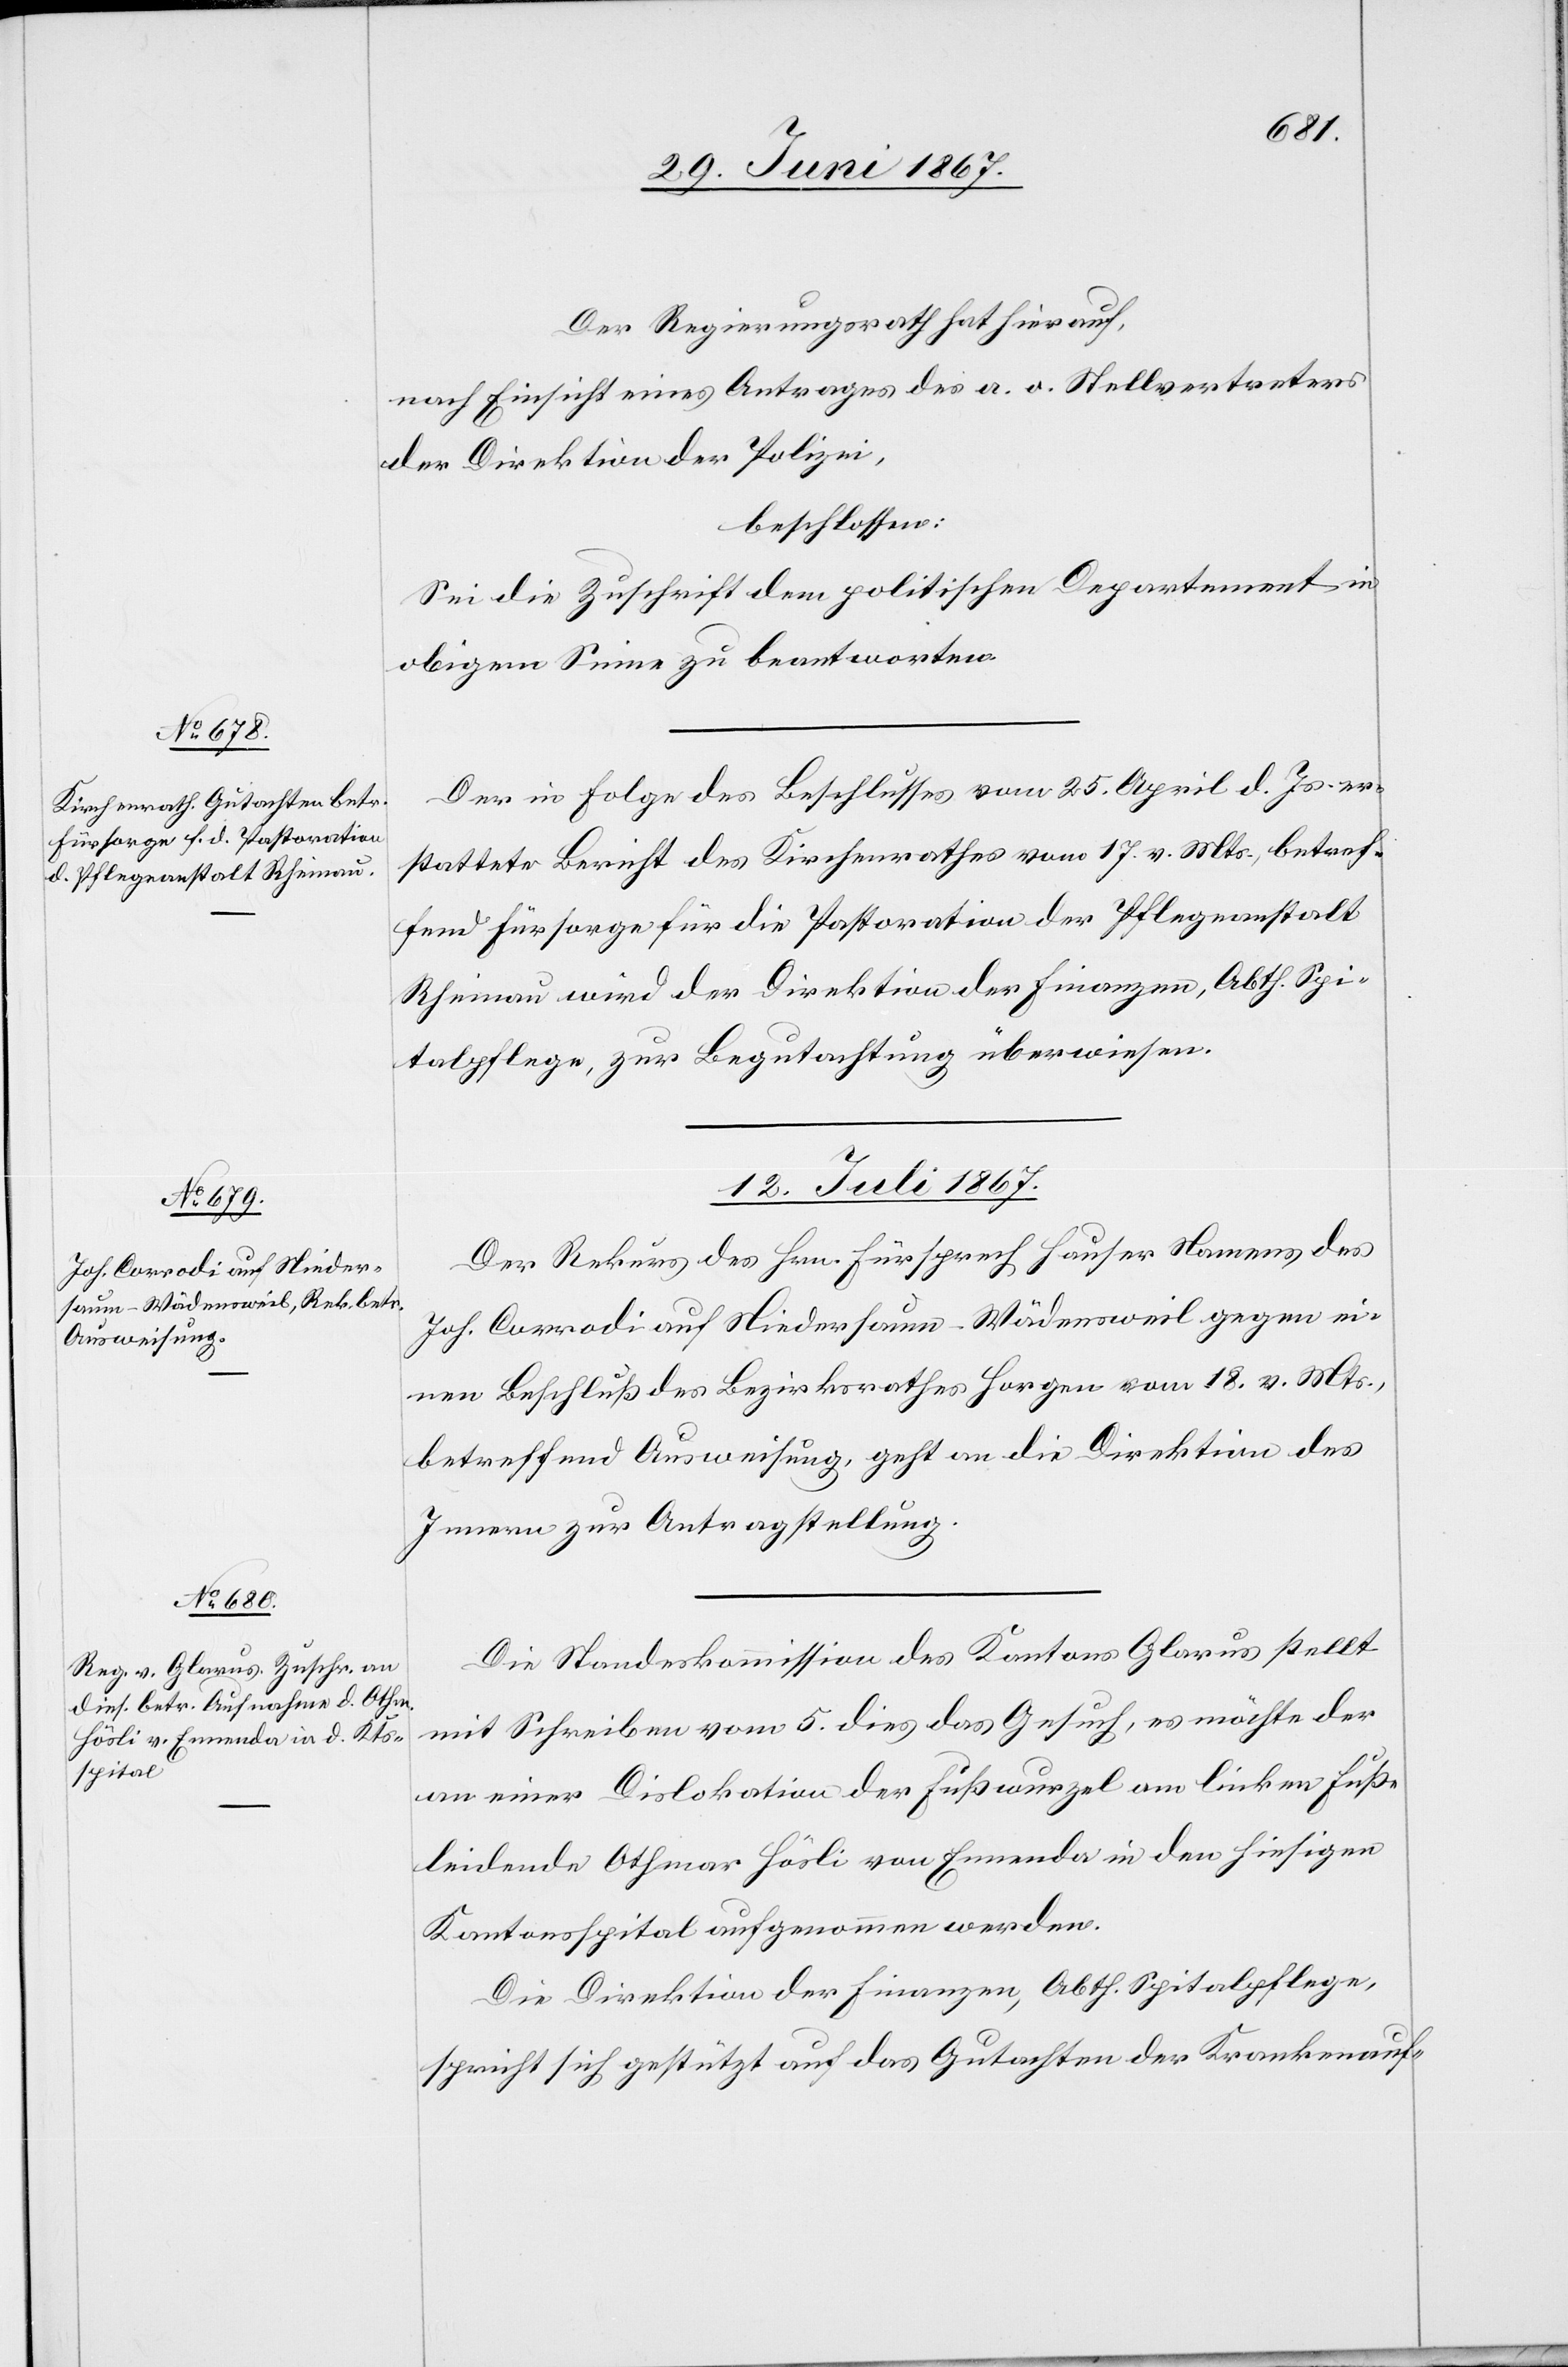
9. Juli 1867.]
Der Regierungsrath hat hierauf,
nach Einsicht eines Antrages des a. o. Stellvertreters
der Direktion der Polizei,
beschlossen:
Sei die Zuschrift dem politischen Departement in
obigem Sinne zu beantworten.
Der in Folge des Beschlusses vom 25. April d. Js. er¬
stattete Bericht des Kirchenrathes vom 17. v. Mts., betref¬
fend Fürsorge für die Pastoration der Pflegeanstalt
Rheinau wird der Direktion der Finanzen, Abth. Spi¬
talpflege, zur Begutachtung überwiesen.
12. Juli 1867.]
Der Rekurs des Hrn. Fürsprech Hauser Namens des
Joh. Corrodi auf Niedersaum-Wädensweil gegen ei¬
nen Beschluß des Bezirksrathes Horgen vom 18. v. Mts.,
betreffend Ausweisung, geht an die Direktion des
Innern zur Antragstellung.
Die Standeskommission des Kantons Glarus stellt
mit Schreiben vom 5. dies das Gesuch, es möchte der
an einer Dislokation der Fußwurzel am linken Fuße
leidende Othmar Häsli von Ennenda in den hiesigen
Kantonsspital aufgenommen werden.
Die Direktion der Finanzen, Abth. Spitalpflege,
spricht sich gestützt auf das Gutachten der Krankenauf-